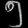
Digit: ၅